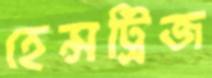
হেন্সট্রিজ